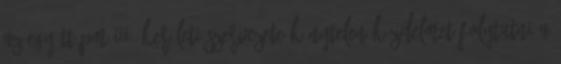
az Együtt-PM III. kerületi szervezete kénytelen küzdelmet folytatni a